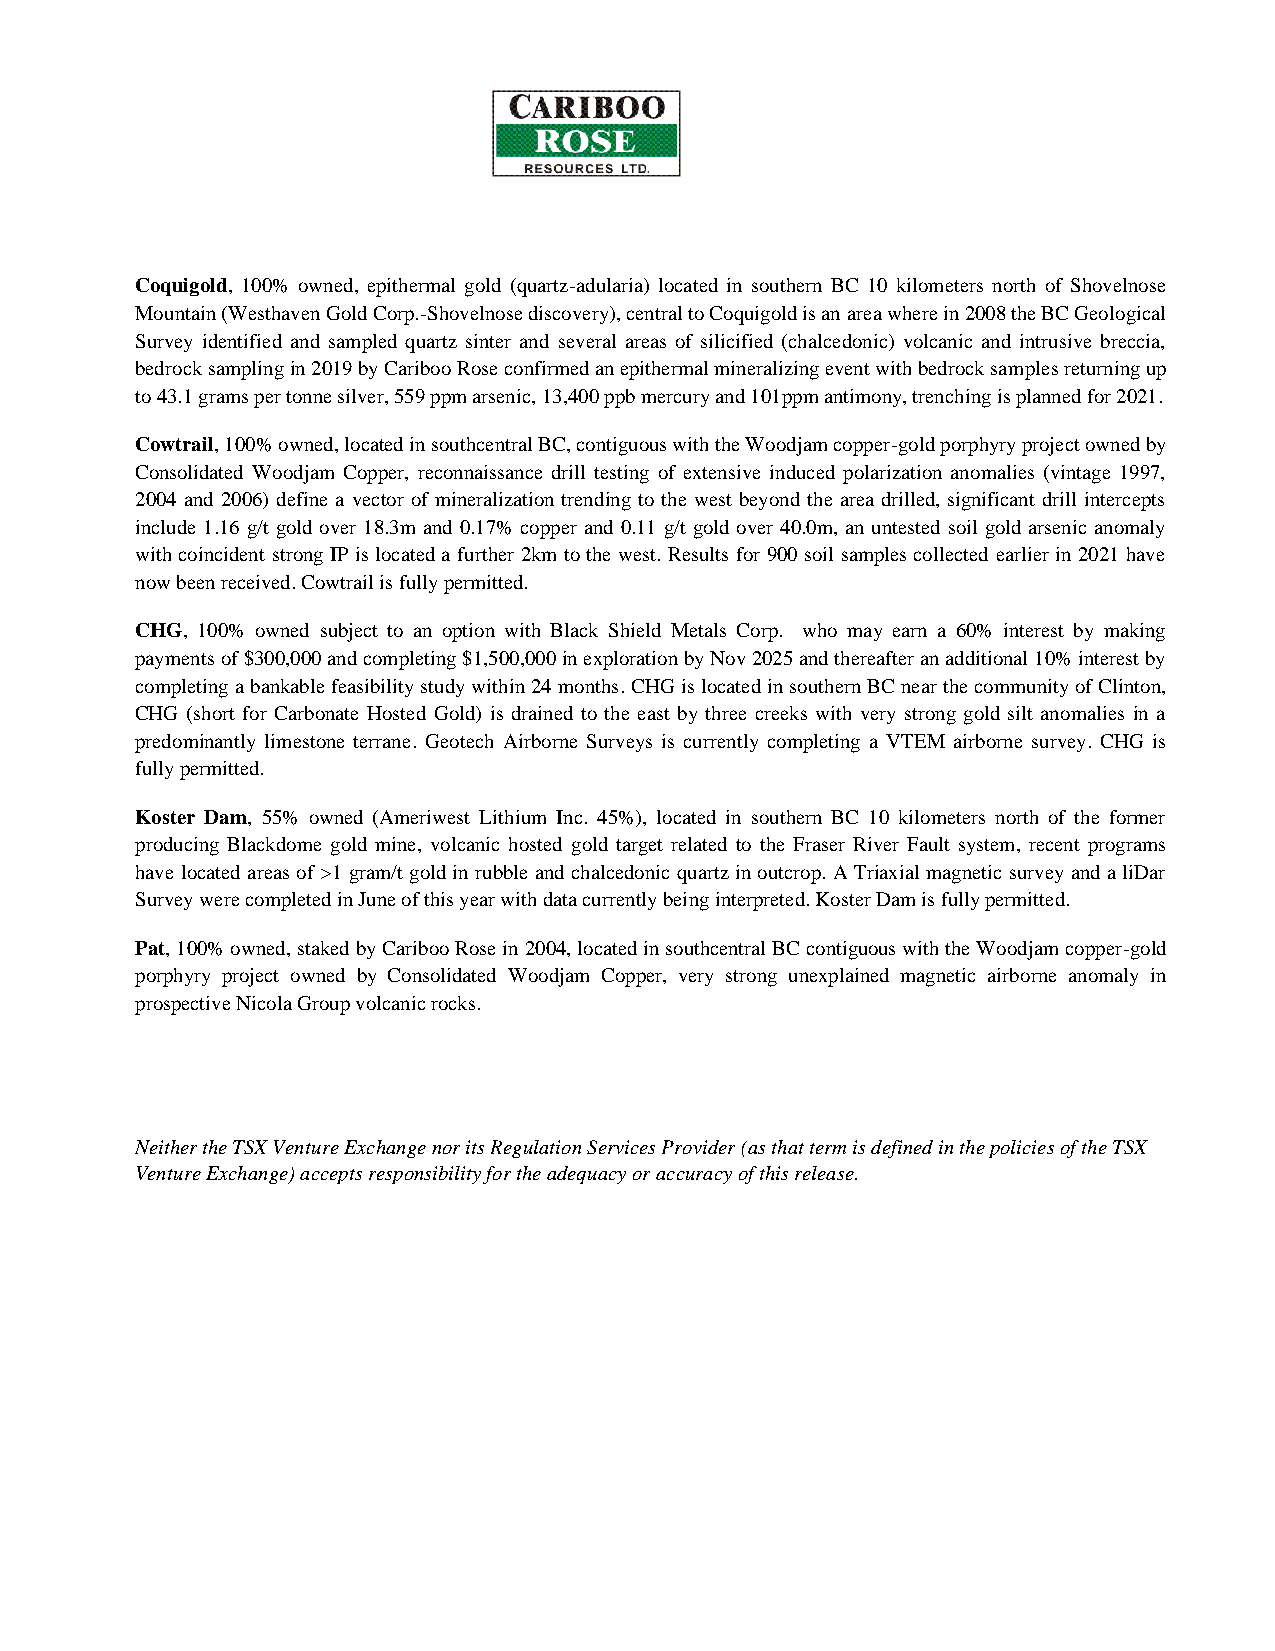
Coquigold, 100% owned, epithermal gold (quartz-adularia) located in southern BC 10 kilometers north of Shovelnose
 Mountain (Westhaven Gold Corp.-Shovelnose discovery), central to Coquigold is an area where in 2008 the BC Geological
 Survey identified and sampled quartz sinter and several areas of silicified (chalcedonic) volcanic and intrusive breccia,
 bedrock sampling in 2019 by Cariboo Rose confirmed an epithermal mineralizing event with bedrock samples returning up
 to 43.1 grams per tonne silver, 559 ppm arsenic, 13,400 ppb mercury and 101ppm antimony, trenching is planned for 2021.
 Cowtrail, 100% owned, located in southcentral BC, contiguous with the Woodjam copper-gold porphyry project owned by
 Consolidated Woodjam Copper, reconnaissance drill testing of extensive induced polarization anomalies (vintage 1997,
 2004 and 2006) define a vector of mineralization trending to the west beyond the area drilled, significant drill intercepts
 include 1.16 g/t gold over 18.3m and 0.17% copper and 0.11 g/t gold over 40.0m, an untested soil gold arsenic anomaly
 with coincident strong IP is located a further 2km to the west. Results for 900 soil samples collected earlier in 2021 have
 now been received. Cowtrail is fully permitted.
 CHG, 100% owned subject to an option with Black Shield Metals Corp. who may earn a 60% interest by making
 payments of $300,000 and completing $1,500,000 in exploration by Nov 2025 and thereafter an additional 10% interest by
 completing a bankable feasibility study within 24 months. CHG is located in southern BC near the community of Clinton,
 CHG (short for Carbonate Hosted Gold) is drained to the east by three creeks with very strong gold silt anomalies in a
 predominantly limestone terrane. Geotech Airborne Surveys is currently completing a VTEM airborne survey. CHG is
 fully permitted.
 Koster Dam, 55% owned (Ameriwest Lithium Inc. 45%), located in southern BC 10 kilometers north of the former
 producing Blackdome gold mine, volcanic hosted gold target related to the Fraser River Fault system, recent programs
 have located areas of >1 gram/t gold in rubble and chalcedonic quartz in outcrop. A Triaxial magnetic survey and a liDar
 Survey were completed in June of this year with data currently being interpreted. Koster Dam is fully permitted.
 Pat, 100% owned, staked by Cariboo Rose in 2004, located in southcentral BC contiguous with the Woodjam copper-gold
 porphyry project owned by Consolidated Woodjam Copper, very strong unexplained magnetic airborne anomaly in
 prospective Nicola Group volcanic rocks.
 Neither the TSX Venture Exchange nor its Regulation Services Provider (as that term is defined in the policies of the TSX
 Venture Exchange) accepts responsibility for the adequacy or accuracy of this release.